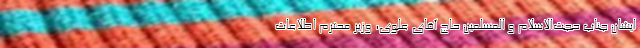
ایشان جناب حجت‌الاسلام و المسلمین حاج آقای علوی، وزیر محترم اطلاعات